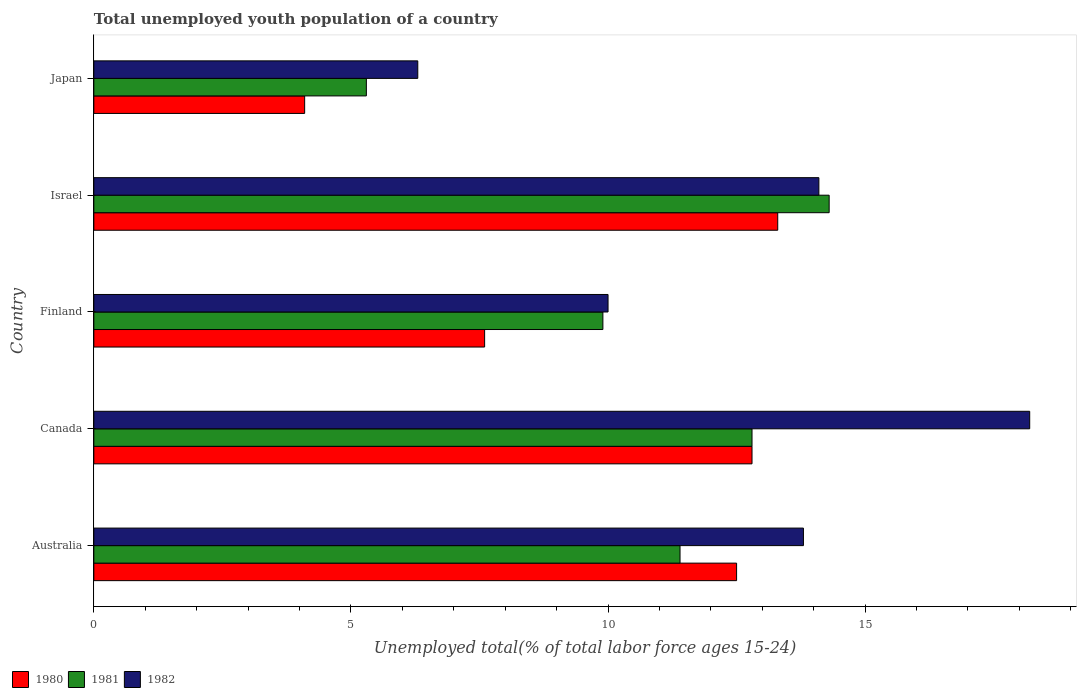
| Country | 1980 | 1981 | 1982 |
 | --- | --- | --- | --- |
 | Australia | 12.5 | 11.4 | 13.8 |
 | Canada | 12.8 | 12.8 | 18.2 |
 | Finland | 7.6 | 9.9 | 10 |
 | Israel | 13.3 | 14.3 | 14.1 |
 | Japan | 4.1 | 5.3 | 6.3 |